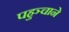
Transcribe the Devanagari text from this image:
पहुञ्चाने